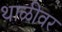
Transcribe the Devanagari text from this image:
थाळीवर